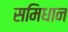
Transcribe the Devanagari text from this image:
समिधान